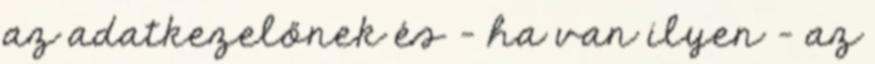
az adatkezelőnek és – ha van ilyen – az